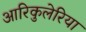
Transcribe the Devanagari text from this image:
आरिकुलेरिया